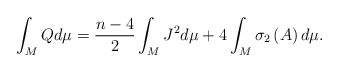
\begin{align*}\int_{M}Qd\mu =\frac{n-4}{2}\int_{M}J^{2}d\mu +4\int_{M}\sigma _{2}\left(A\right) d\mu . \end{align*}